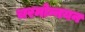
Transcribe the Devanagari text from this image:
चरमोन्नयन